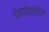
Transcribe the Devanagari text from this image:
देशादेशांतील